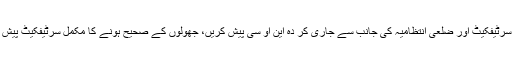
ایڈیشنل اے سی نے مالکان کو ہدایت کی کہ وہ چھ روز کے اندر سرٹیفکیٹ اور ضلعی انتظامیہ کی جانب سے جاری کر دہ این او سی پیش کریں، جھولوں کے صحیح ہونے کا مکمل سرٹیفکیٹ پیش کریں، کسی بھی حادثہ کی صورت میں مالکان ذمہ دار ہوں گے۔